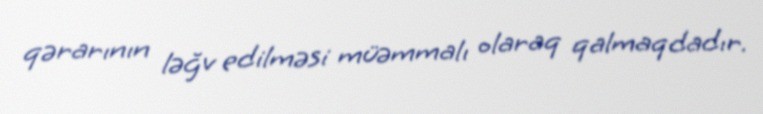
qərarının ləğv edilməsi müəmmalı olaraq qalmaqdadır.